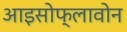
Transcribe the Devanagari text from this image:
आइसोफ्लावोन